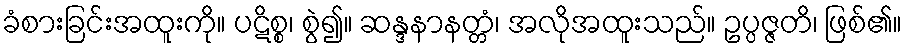
ခံစားခြင်းအထူးကို။ ပဋိစ္စ၊ စွဲ၍။ ဆန္ဒနာနတ္တံ၊ အလိုအထူးသည်။ ဥပ္ပဇ္ဇတိ၊ ဖြစ်၏။